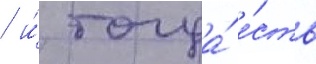
/ и́ тогда́ е́сть